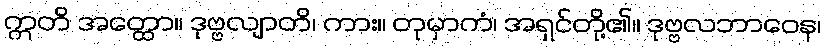
ဣတိ အတ္ထော။ ဒုဗ္ဗလျာတိ၊ ကား။ တုမှာကံ၊ အရှင်တို့၏။ ဒုဗ္ဗလဘာဝေန၊